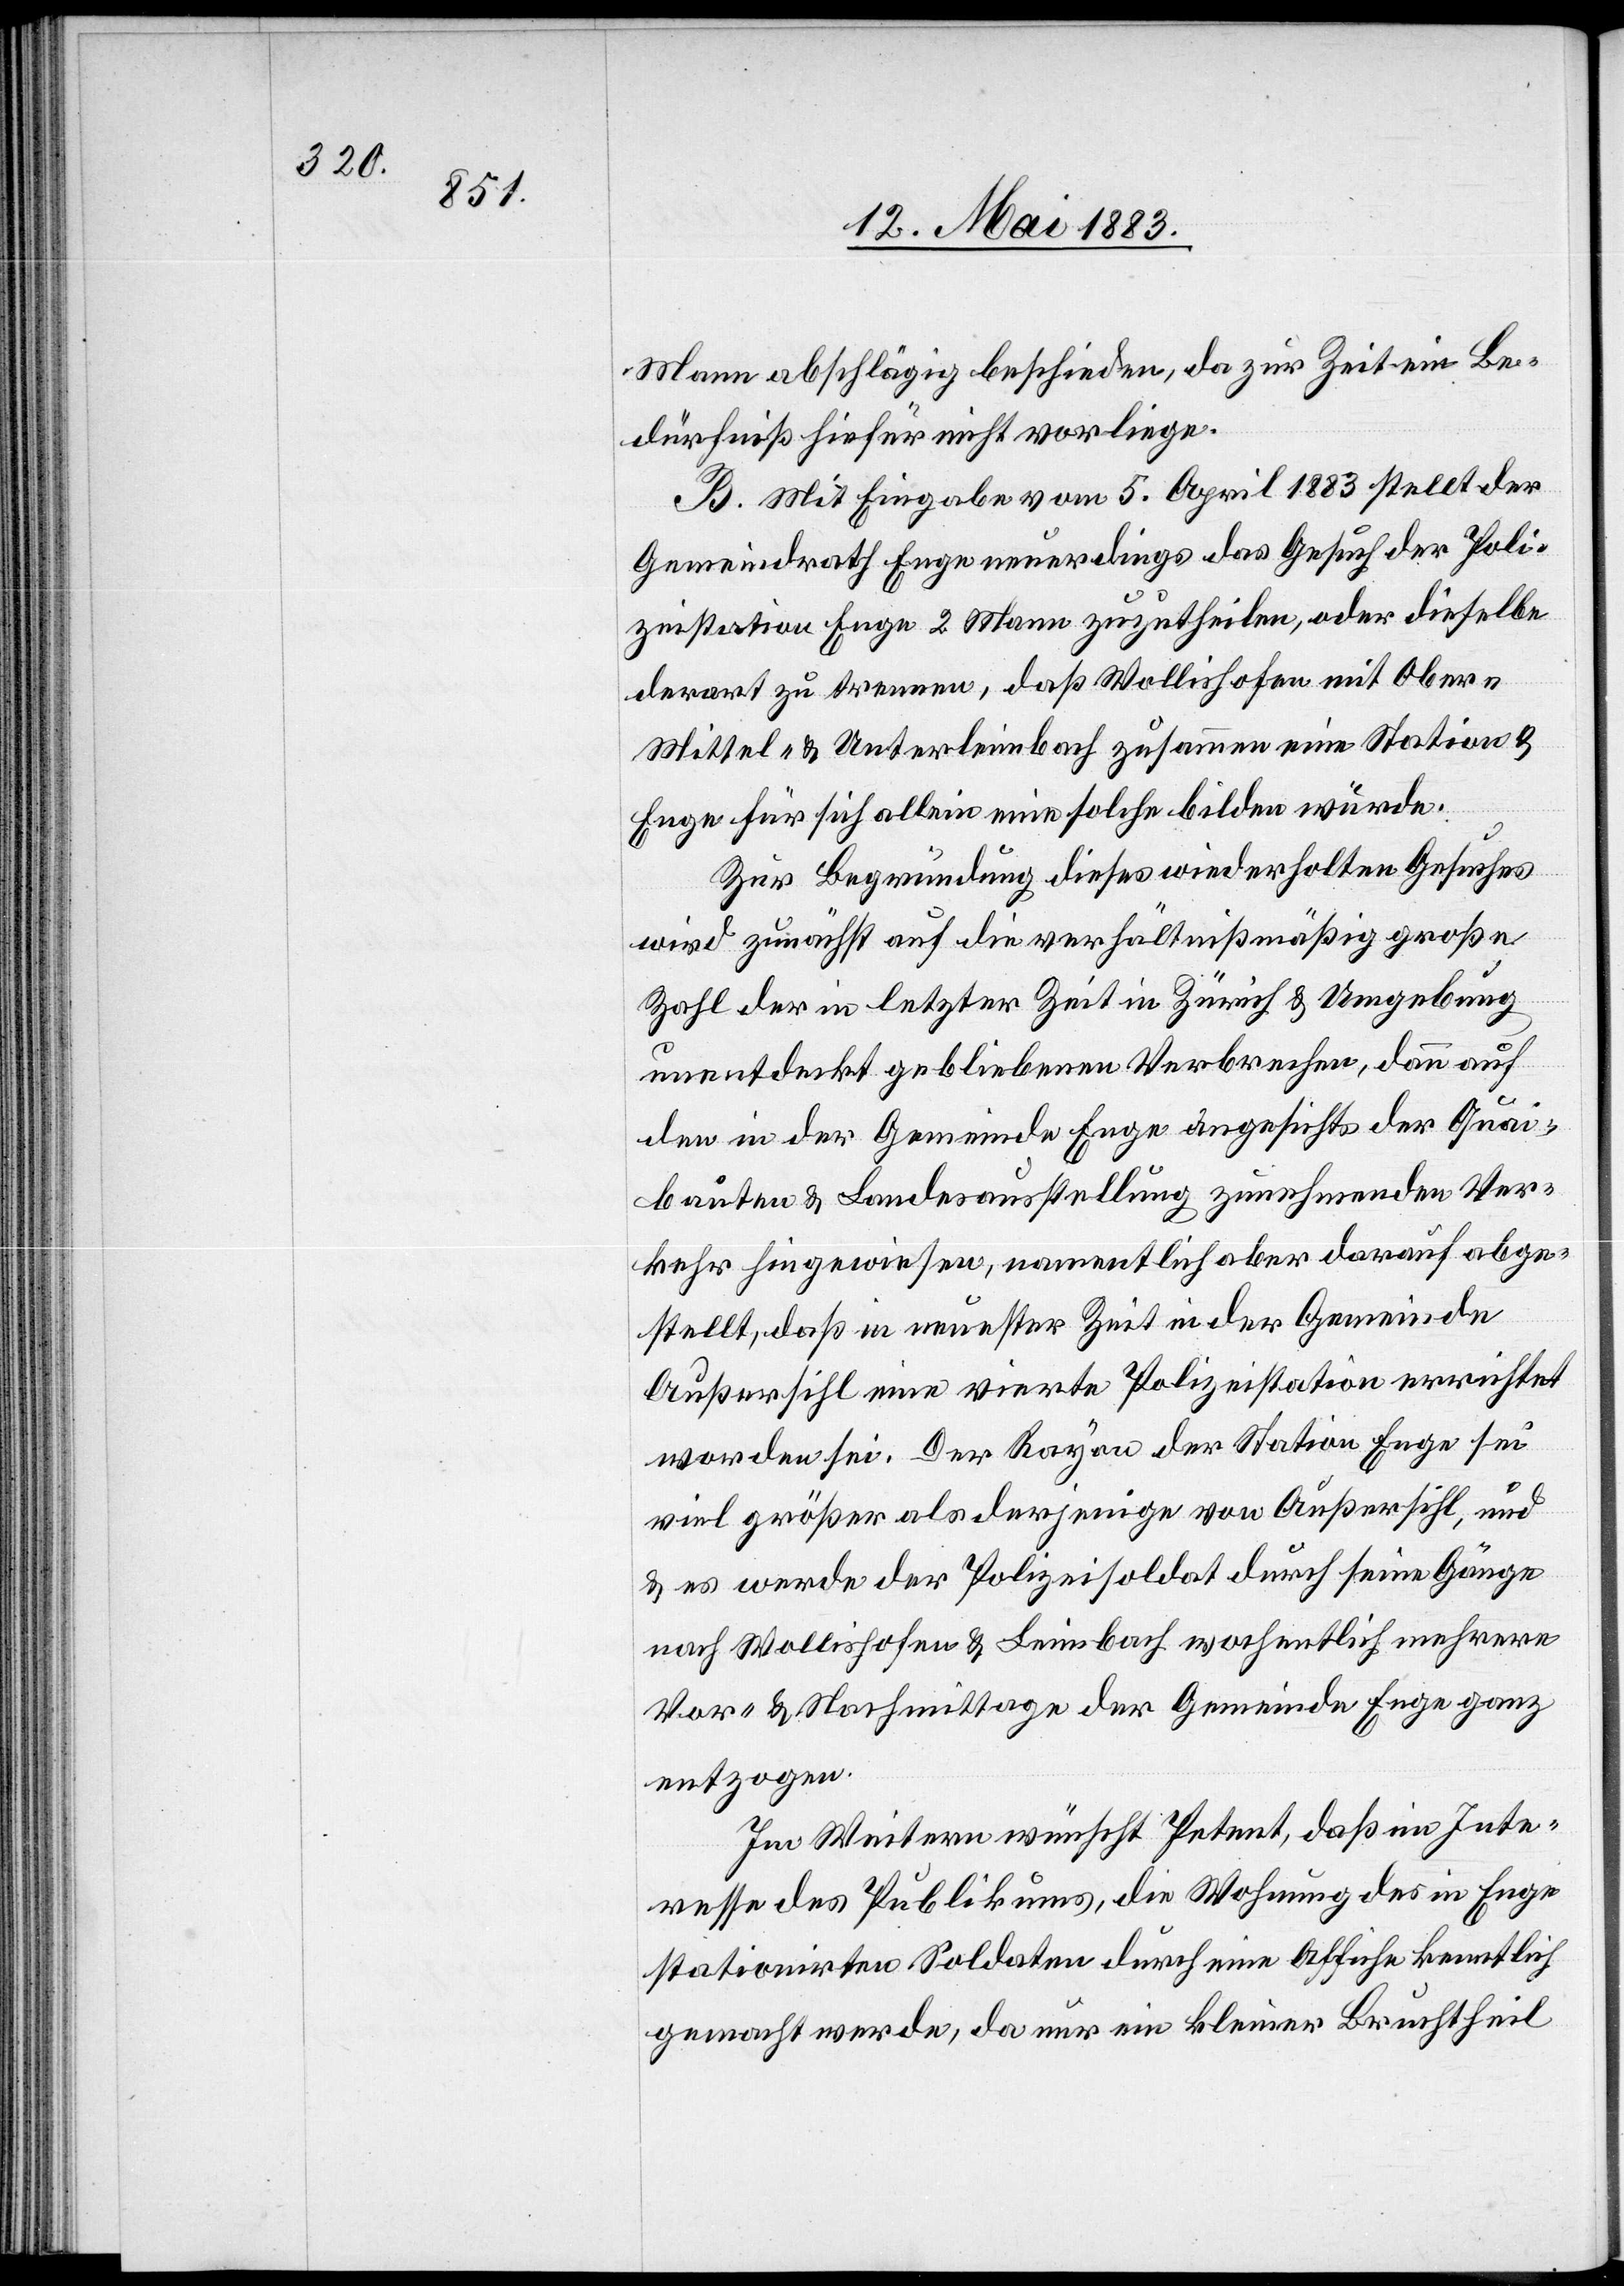
Mann abschlägig beschieden, da zur Zeit ein Be¬
dürfniß hiefür nicht vorliege.
B. Mit Eingabe vom 5. April 1883 stellt der
Gemeindrath Enge neuerdings das Gesuch der Poli¬
zeistation Enge 2 Mann zuzutheilen, oder dieselbe
derart zu trennen, daß Wollishofen mit Ober-[,]
Mittel- & Unterleimbach zusammen eine Station &
Enge für sich allein eine solche bilden würde.
Zur Begründung dieses wiederholten Gesuches
wird zunächst auf die verhältnißmäßig große
Zahl der in letzter Zeit in Zürich & Umgebung
unentdeckt gebliebenen Verbrechen, dann auf
den in der Gemeinde Enge angesichts der Quai¬
bauten & Landesausstellung zunehmenden Ver¬
kehr hingewiesen, namentlich aber darauf abge¬
stellt, daß in neuester Zeit in der Gemeinde
Außersihl eine vierte Polizeistation errichtet
worden sei. Der Rayon der Station Enge sei
viel größer als derjenige von Außersihl, und
es werde der Polizeisoldat durch seine Gänge
nach Wollishofen & Leimbach wöchentlich mehrere
Vor- & Nachmittage der Gemeinde Enge ganz
entzogen.
Im Weitern wünscht Petent, daß im Inte¬
resse des Publikums, die Wohnung des in Enge
stationirten Soldaten durch eine Affiche kenntlich
gemacht werde, da nur ein kleiner Bruchtheil